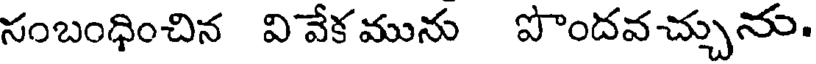
సంబంధించిన వి వేక మును పొందవచ్చును.